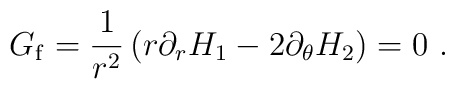
G_{\rm f} = \frac{1}{r^2}\left( r\partial_r H_1 -2 \partial_\theta H_2\right) =0 \ .